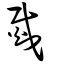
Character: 烖